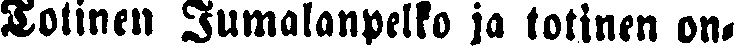
Totinen Jumalanpelko ja totinen on-